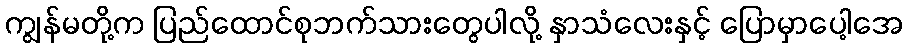
ကျွန်မတို့က ပြည်ထောင်စုဘက်သားတွေပါလို့ နှာသံလေးနှင့် ပြောမှာပေါ့အေ